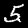
Digit: 5